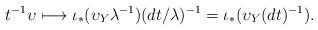
LaTeX: \begin{align*} t^{-1}\upsilon \longmapsto \iota_{\ast}(\upsilon_Y \lambda^{-1})(dt/\lambda)^{-1}=\iota_{\ast}(\upsilon_Y(dt)^{-1}).\end{align*}